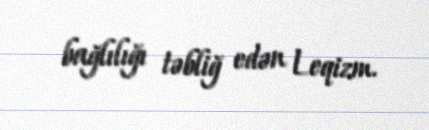
bağlılığı təbliğ edən Leqizm.